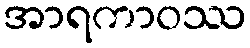
အာရကာဝဿ